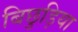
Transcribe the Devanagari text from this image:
बिछुड़िया